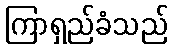
ကြာရှည်ခံသည်